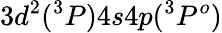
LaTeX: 3d^{2}(^{3}P)4s4p(^{3}P^{o})